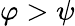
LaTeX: \varphi>\psi